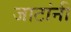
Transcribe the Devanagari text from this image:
जाटांनी